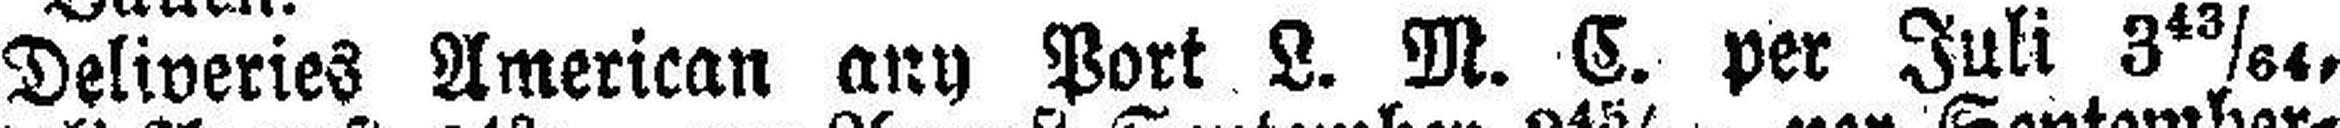
Deliveries American any Port L. M. C. per Juli 3 43/64,